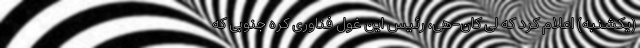
(یکشنبه) اعلام کرد که لی کان-هی، رئیس این غول فناوری کره جنوبی که